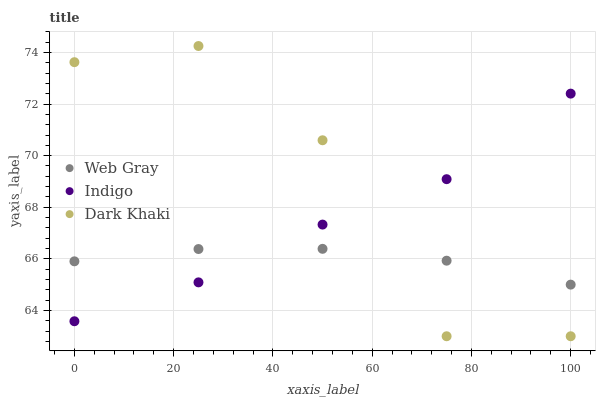
| xaxis_label | Web Gray | Indigo | Dark Khaki |
 | --- | --- | --- | --- |
 | 0 | 65.9 | 63.6 | 73.6 |
 | 25 | 66.4 | 65.1 | 74.2 |
 | 50 | 66.4 | 67.3 | 70.6 |
 | 75 | 65.9 | 69.1 | 63 |
 | 100 | 65 | 72.4 | 63 |